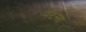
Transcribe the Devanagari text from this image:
नटसा